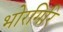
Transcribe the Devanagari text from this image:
भोरगिरि